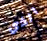
الذي